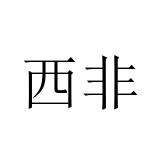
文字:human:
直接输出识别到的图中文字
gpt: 西非